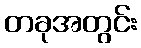
တခုအတွင်း